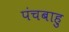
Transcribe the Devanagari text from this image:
पंचबाहु